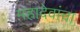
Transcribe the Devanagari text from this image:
महादेवांचा